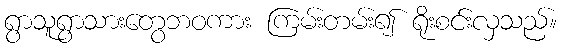
ရွာသူရွာသားတွေဘဝကား ကြမ်းတမ်း၍ ရိုးစင်းလှသည်။